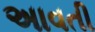
અાવતી